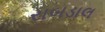
રાબડાલ